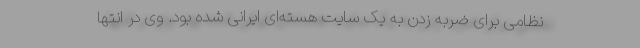
نظامی برای ضربه زدن به یک سایت هسته‌ای ایرانی شده بود. وی در انتها